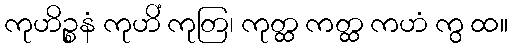
ကုဟိဉ္စနံ ကုဟိံ ကုတြ၊ ကုတ္ထ ကတ္ထ ကဟံ ကွ ထ။